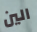
الين